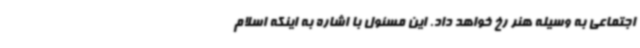
اجتماعی به وسیله هنر رخ خواهد داد. این مسئول با اشاره به اینکه اسلام